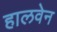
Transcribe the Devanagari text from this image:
हालवेन